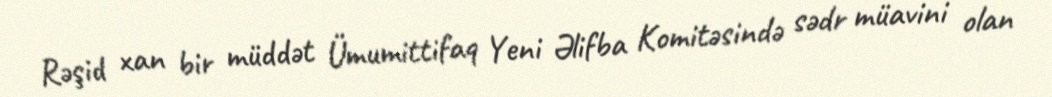
Rəşid xan bir müddət Ümumittifaq Yeni Əlifba Komitəsində sədr müavini olan